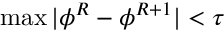
\operatorname* { m a x } | \phi ^ { R } - \phi ^ { R + 1 } | < \tau